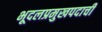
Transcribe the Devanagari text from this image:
भूदलप्रमुखपदाची